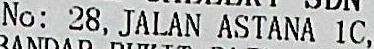
NO: 28, JALAN ASTANA 1C,